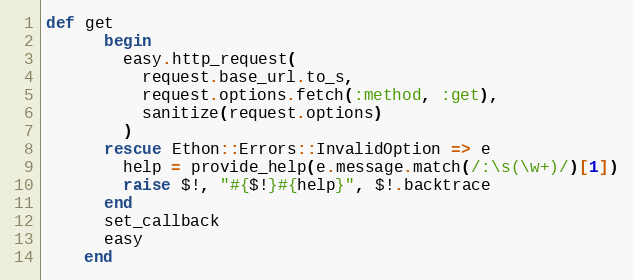
Language: Ruby
def get
      begin
        easy.http_request(
          request.base_url.to_s,
          request.options.fetch(:method, :get),
          sanitize(request.options)
        )
      rescue Ethon::Errors::InvalidOption => e
        help = provide_help(e.message.match(/:\s(\w+)/)[1])
        raise $!, "#{$!}#{help}", $!.backtrace
      end
      set_callback
      easy
    end